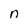
Character: n